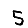
Digit: 5